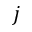
j